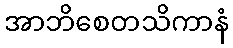
အာဘိစေတသိကာနံ